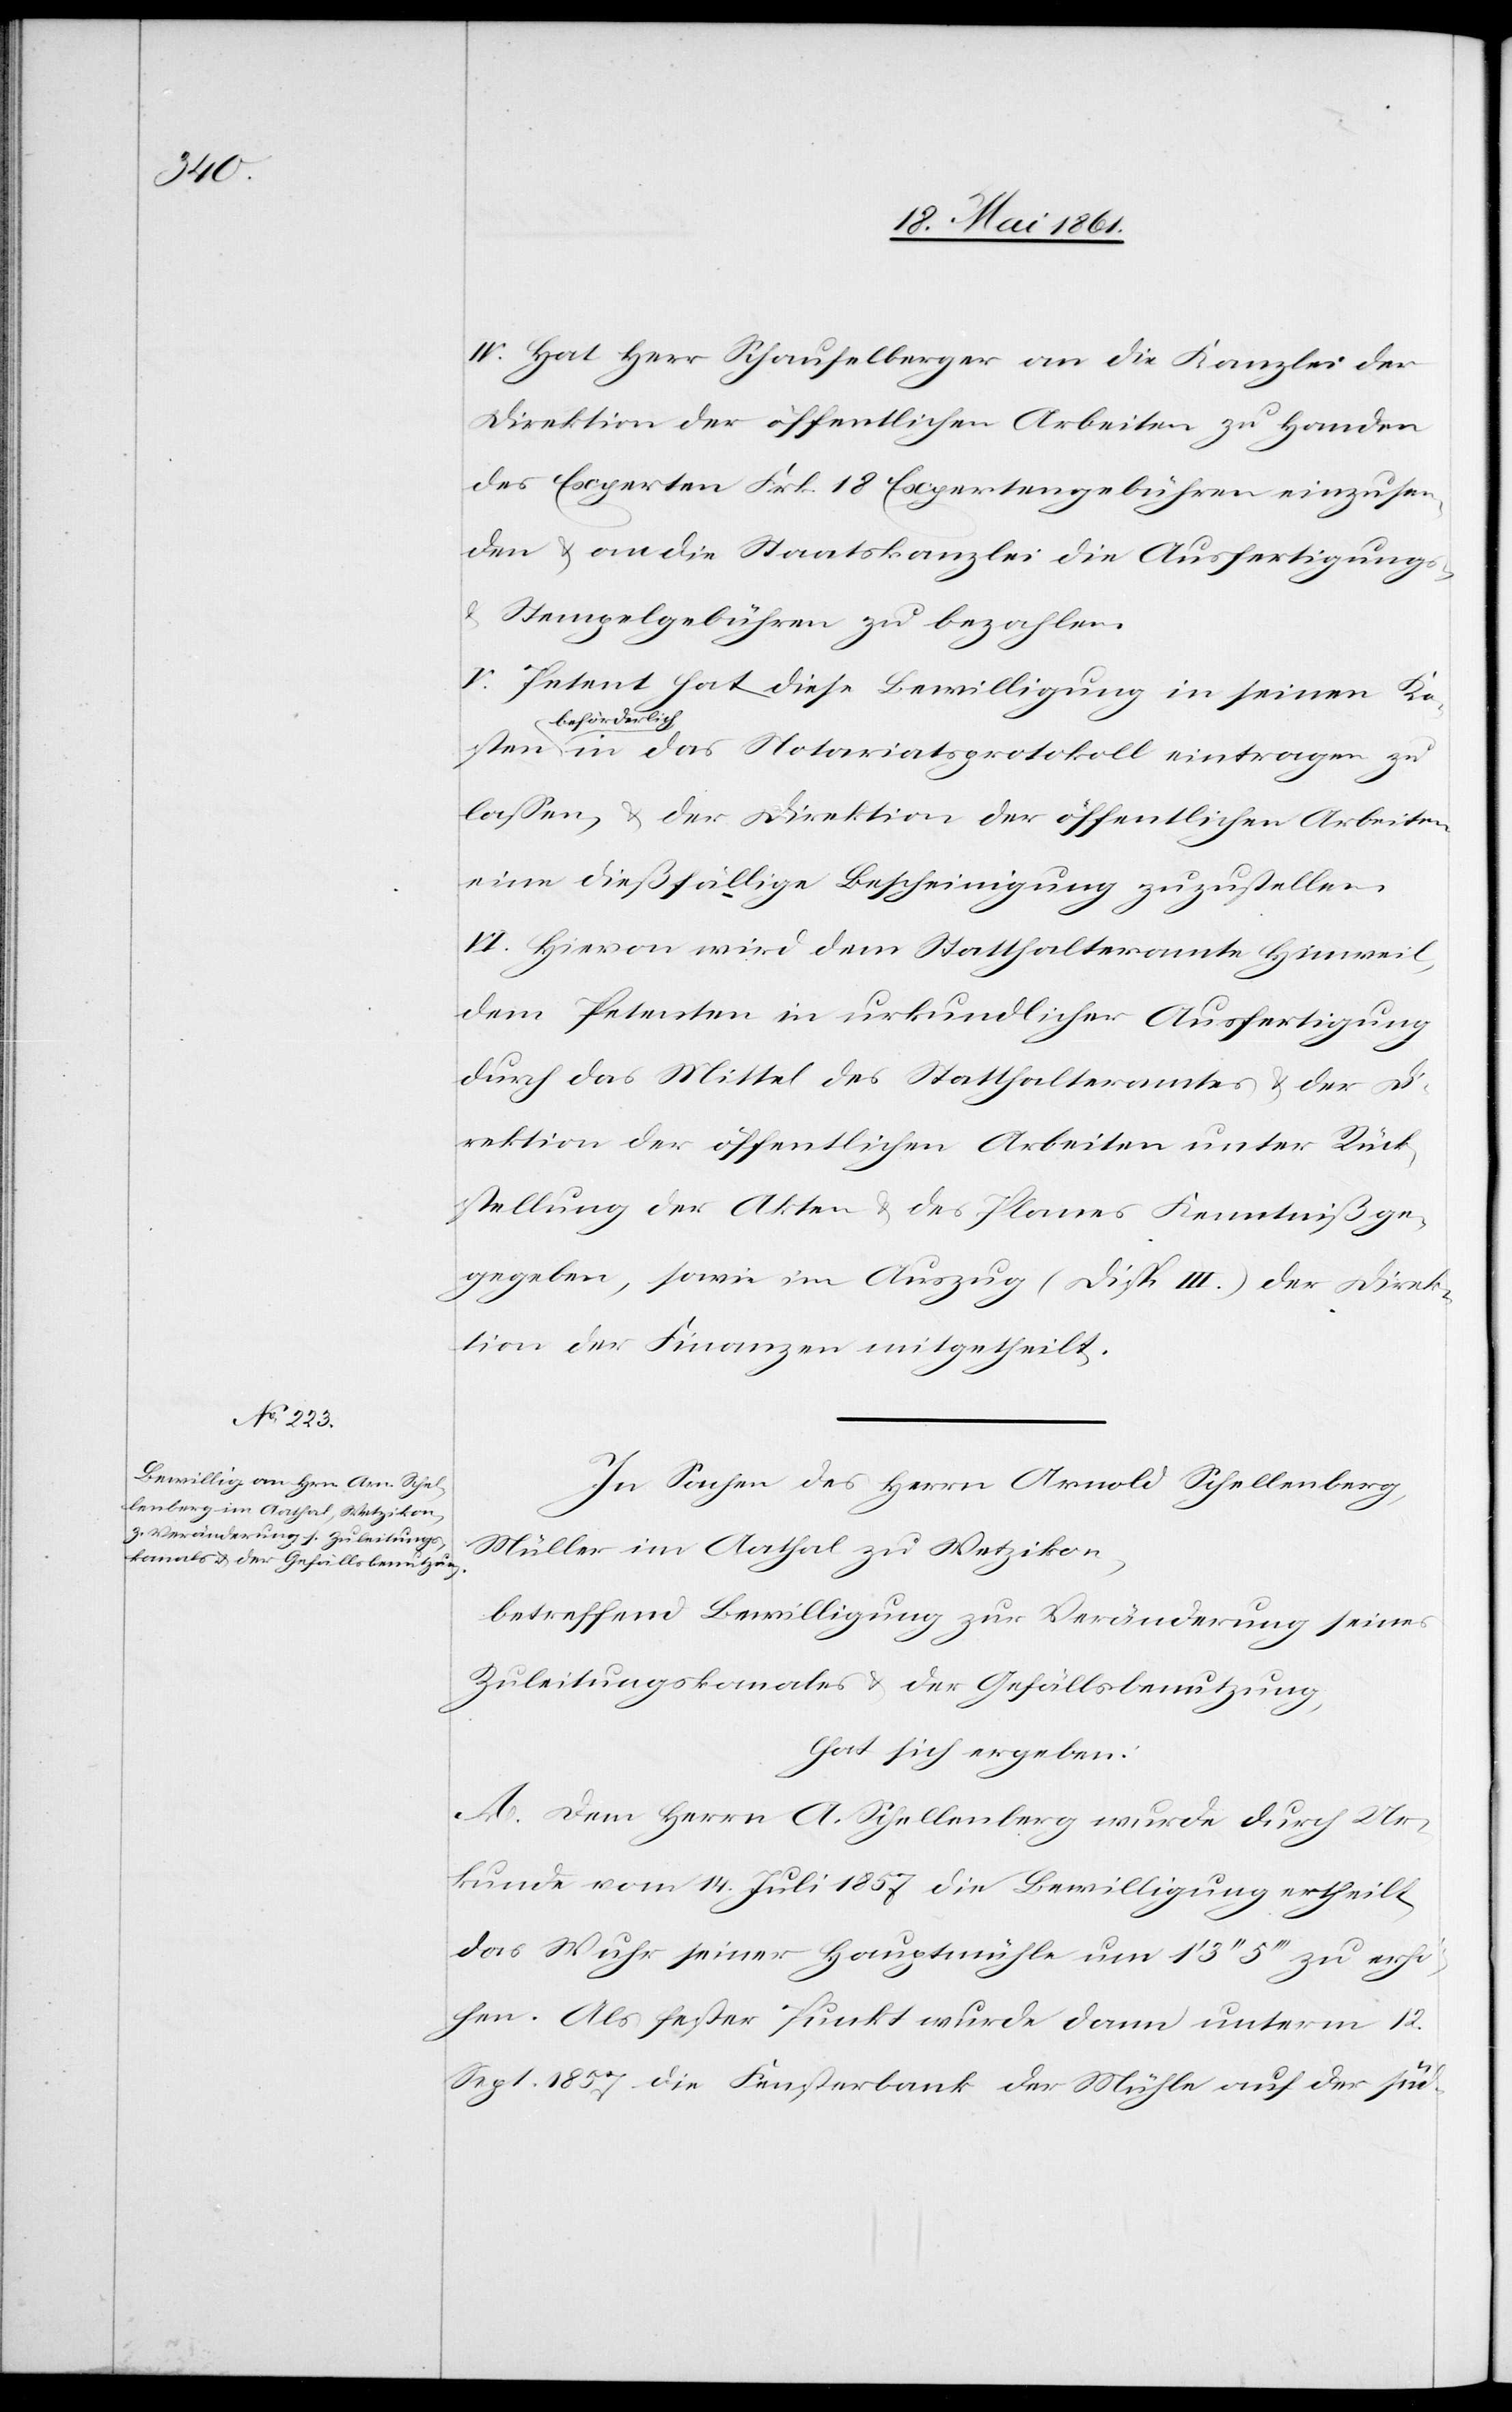
sten

IV. Hat Herr Schaufelberger an die Kanzlei der
Direktion der öffentlichen Arbeiten zu Handen
des Experten Frk. 18 Expertengebühren einzusen¬
den u. an die Staatskanzlei die Ausfertigungs-
u. Stempelgebühren zu bezahlen.
V. Petent hat diese Bewilligung in seinen Ko¬
beförderlic¬
h in das Notariatsprotokoll eintragen zu
lassen, u. der Direktion der öffentlichen Arbeiten
eine dießfällige Bescheinigung zuzustellen.
VI. Hievon wird dem Statthalteramte Hinweil,
dem Petenten in urkundlicher Ausfertigung
durch das Mittel des Statthalteramtes u. der D¬
irektion der öffentlichen Arbeiten unter Rück¬
stellung der Akten u. des Planes Kenntniß ge¬
geben, sowie im Auszug (Disp. III.) der Direk¬
tion der Finanzen mitgetheilt.
In Sachen des Herrn Arnold Schellenberg,
Müller im Aathal zu Wetzikon,
betreffend Bewilligung zur Veränderung seines
Zuleitungskanales u. der Gefällsbenutzung,
hat sich ergeben:
A. Dem Herrn A. Schellenberg wurde durch Ur¬
kunde vom 14. Juli 1857 die Bewilligung ertheilt,
das Wuhr seiner Hauptmühle um 1’ 3’’ 5’’’ zu erhö¬
hen. Als fester Punkt wurde dann unterm 12.
Sept. 1857 die Fensterbank der Mühle auf der süd-